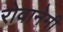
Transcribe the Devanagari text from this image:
रोवानेमी